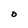
Character: O